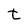
Character: t